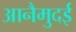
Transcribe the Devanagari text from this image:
आनैमुदई